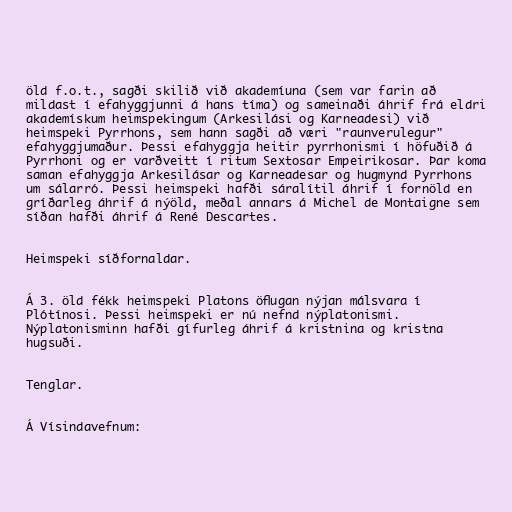
öld f.o.t., sagði skilið við akademíuna (sem var farin að
mildast í efahyggjunni á hans tíma) og sameinaði áhrif frá eldri
akademískum heimspekingum (Arkesilási og Karneadesi) við
heimspeki Pyrrhons, sem hann sagði að væri "raunverulegur"
efahyggjumaður. Þessi efahyggja heitir pyrrhonismi í höfuðið á
Pyrrhoni og er varðveitt í ritum Sextosar Empeirikosar. Þar koma
saman efahyggja Arkesilásar og Karneadesar og hugmynd Pyrrhons
um sálarró. Þessi heimspeki hafði sáralítil áhrif í fornöld en
gríðarleg áhrif á nýöld, meðal annars á Michel de Montaigne sem
síðan hafði áhrif á René Descartes.

Heimspeki síðfornaldar.

Á 3. öld fékk heimspeki Platons öflugan nýjan málsvara í
Plótínosi. Þessi heimspeki er nú nefnd nýplatonismi.
Nýplatonisminn hafði gífurleg áhrif á kristnina og kristna
hugsuði.

Tenglar.

Á Vísindavefnum: